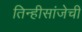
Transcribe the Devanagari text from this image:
तिन्हीसांजेची